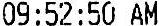
09:52:50 AM